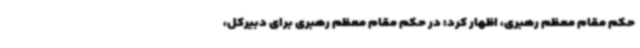
حکم مقام معظم رهبری، اظهار کرد: در حکم مقام معظم رهبری برای دبیرکل،